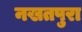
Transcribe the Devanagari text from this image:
नखतपुरा